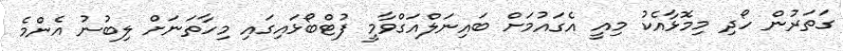
ގަތަރުން ހޯދި މިމޮޅާއެކު މިއީ އެގައުމަށް ބައިނަލްއަގްވާމީ ފުޓްބޯޅައިގައި މިހާތަނަށް ލިބުނު އެންމެ